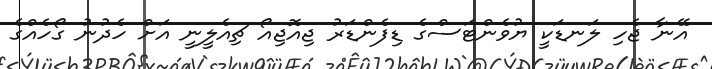
އޭނާ ޖެހި ލަނޑަކީ ޔުވެންޓަސްގެ ޑިފެންޑަރު ޖިއޮޖިއޯ ޗިއެލީނީ އަށް ހެދުނު ގޯހެއްގެ